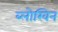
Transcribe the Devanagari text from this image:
ब्लोखिन